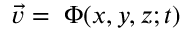
\vec { v } = \mathbf \nabla \Phi ( x , y , z ; t )